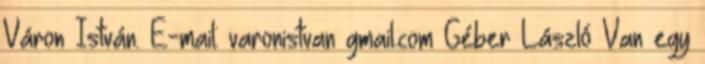
Váron István. E-mail: varonistvan gmail.com Géber László Van egy